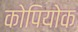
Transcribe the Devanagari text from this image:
कोपियोक